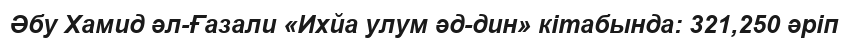
Әбу Хамид әл-Ғазали «Ихйа улум әд-дин» кітабында: 321,250 әріп